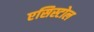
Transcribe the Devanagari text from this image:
एसिस्टोल